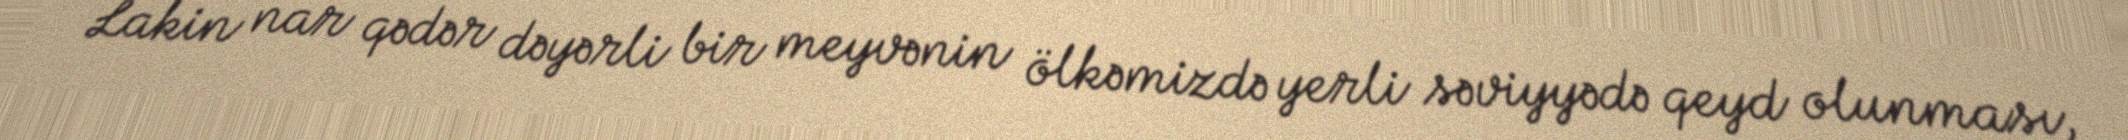
Lakin nar qədər dəyərli bir meyvənin ölkəmizdə yerli səviyyədə qeyd olunması,